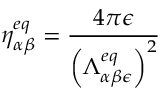
\eta _ { \alpha \beta } ^ { e q } = \frac { 4 \pi \epsilon } { \left( \Lambda _ { \alpha \beta \epsilon } ^ { e q } \right) ^ { 2 } }